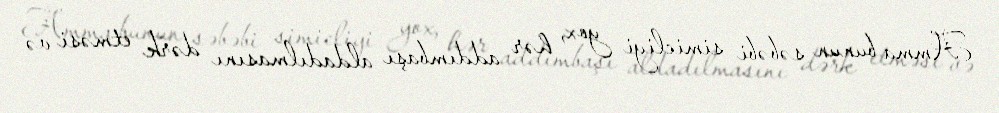
Amma bunun səbəbi simicliyi yox, hər addımbaşı aldadılmasını dərk etməsi və